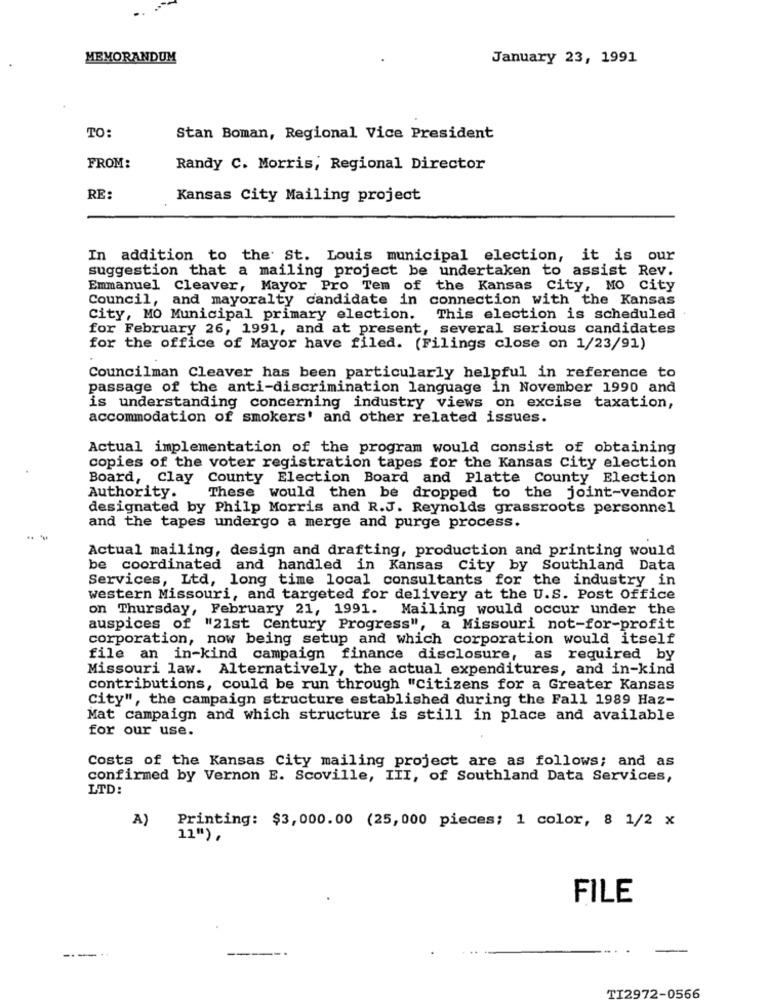
MEMORANDUM
January 23, 1991
TO:
Stan Boman, Regional Vice President
FROM:
Randy C. Morris, Regional Director
RE:
Kansas City Mailing project
In addition to the St. Louis municipal election, it is our
suggestion that a mailing project be undertaken to assist Rev.
Emmanuel Cleaver, Mayor Pro Tem of the Kansas City, MO City
Council, and mayoralty candidate in connection with the Kansas
City, MO Municipal primary election.
This election is scheduled
for February 26, 1991, and at present, several serious candidates
for the office of Mayor have filed. (Filings close on 1/23/91)
Councilman Cleaver has been particularly helpful in reference to
passage of the anti-discrimination language in November 1990 and
is understanding concerning industry views on excise taxation,
accommodation of smokers' and other related issues.
Actual implementation of the program would consist of obtaining
copies of the voter registration tapes for the Kansas city election
Board, Clay County Election Board and Platte County Election
Authority.
These would then be dropped to the joint-vendor
designated by Philp Morris and R.J. Reynolds grassroots personnel
and the tapes undergo a merge and purge process.
Actual mailing, design and drafting, production and printing would
be coordinated and handled in Kansas City by Southland Data
Services, Ltd, long time local consultants for the industry in
western Missouri, and targeted for delivery at the U.S. Post Office
on Thursday, February 21, 1991. Mailing would occur under the
auspices of "21st Century Progress", a Missouri not-for-profit
corporation, now being setup and which corporation would itself
file an in-kind campaign finance disclosure, as required by
Missouri law. Alternatively, the actual expenditures, and in-kind
contributions, could be run through "citizens for a Greater Kansas
City", the campaign structure established during the Fall 1989 Haz-
Mat campaign and which structure is still in place and available
for our use.
Costs of the Kansas City mailing project are as follows; and as
confirmed by Vernon E. Scoville, III, of Southland Data Services,
LTD:
A)
Printing: $3,000.00 (25,000 pieces; 1 color, 8 1/2 x
11") ,
FILE
--..
TI2972-0566